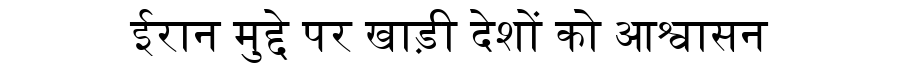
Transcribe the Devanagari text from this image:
ईरान मुद्दे पर खाड़ी देशों को आश्वासन